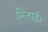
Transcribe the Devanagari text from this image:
मिताई।